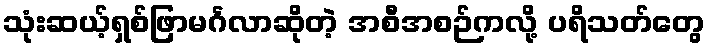
သုံးဆယ့်ရှစ်ဖြာမင်္ဂလာဆိုတဲ့ အစီအစဉ်ကလို့ ပရိသတ်တွေ